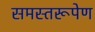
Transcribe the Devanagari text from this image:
समस्तरूपेण